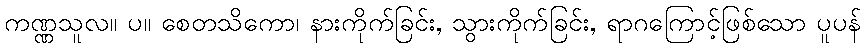
ကဏ္ဏသူလ။ ပ။ စေတသိကော၊ နားကိုက်ခြင်း, သွားကိုက်ခြင်း, ရာဂကြောင့်ဖြစ်သော ပူပန်